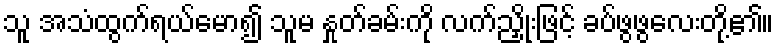
သူ အသံထွက်ရယ်မော၍ သူမ နှုတ်ခမ်းကို လက်ညှိုးဖြင့် ခပ်ဖွဖွလေးတို့၏။